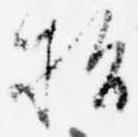
指